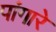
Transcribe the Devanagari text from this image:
पांगारे